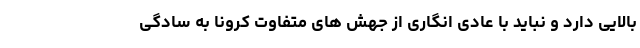
بالایی دارد و نباید با عادی انگاری از جهش های متفاوت کرونا به سادگی